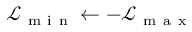
\mathcal { L } _ { \mathrm { ~ m ~ i ~ n ~ } } \leftarrow - \mathcal { L } _ { \mathrm { ~ m ~ a ~ x ~ } }